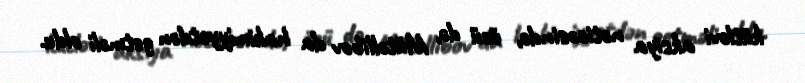
kütləvi aksiya nəticəsində, özü də, Mütəllibov da hakimiyyətdən getməli oldu.